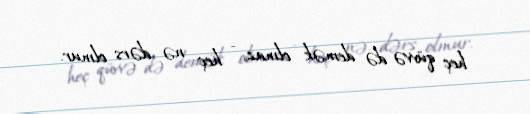
heç qüvvə də demək olmaz, - heç nə dərs olmur.